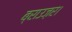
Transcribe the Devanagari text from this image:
ब्राउज़र।